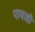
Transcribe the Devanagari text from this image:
पायाही